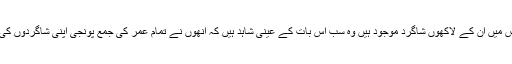
ملک کے طول و عرض میں ان کے لاکھوں شاگرد موجود ہیں وہ سب اس بات کے عینی شاہد ہیں کہ انھوں نے تمام عمر کی جمع پونجی اپنی شاگردوں کی فلاح پر خرچ کر دی۔